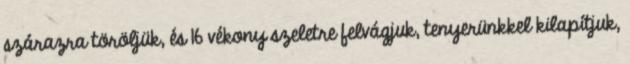
szárazra töröljük, és 16 vékony szeletre felvágjuk, tenyerünkkel kilapítjuk,